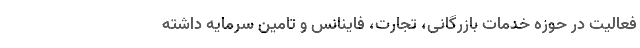
فعالیت در حوزه خدمات بازرگانی، تجارت، فاینانس و تامین سرمایه داشته